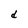
Character: d